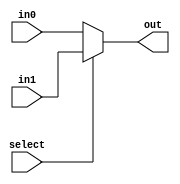
module mux_2TTbit(out, select, in0, in1);
    input select;
    input[31:0] in0, in1;
    output[31:0] out;
    assign out = select ? in1 : in0;
endmodule